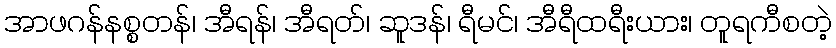
အာဖဂန်နစ္စတန်၊ အီရန်၊ အီရတ်၊ ဆူဒန်၊ ရီမင်၊ အီရီထရီးယား၊ တူရကီစတဲ့